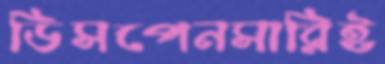
ডিসপেনসারিই